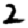
Digit: 2